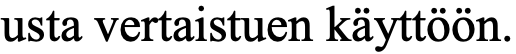
usta vertaistuen käyttöön.